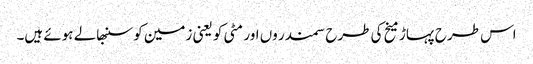
اس طرح پہاڑ میخ کی طرح سمندر وں اور مٹی کو یعنی زمین کو سنبھالے ہوئے ہیں۔